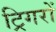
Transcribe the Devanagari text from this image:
ट्रिगरों